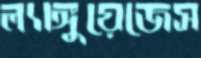
ল্যাঙ্গুয়েজেস